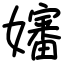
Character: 嬸